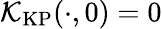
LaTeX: \mathcal{K}_{\mathrm{KP}}(\cdot,0)=0